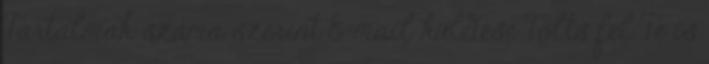
Tartalmak száma szerint E-mail küldése Tölts fel Te is